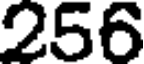
256